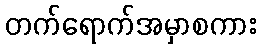
တက်ရောက်အမှာစကား